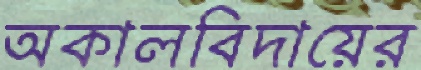
অকালবিদায়ের